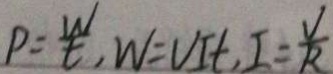
P = \frac { W } { t } , W = V I t , I = \frac { V } { R }